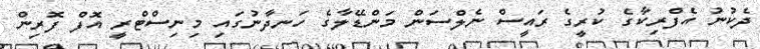
ދެކުނު އެފްރިކާގެ ކުރީގެ ރައީސް ނެލްސަން މަންޑޭލާގެ ހަނދާނުގައި މިނިސްޓްރީ އޮފް ފޮރިން